Annual report of the Punjab Veterinary College and of the Civil Veterinary Department, Punjab - 1920-1925
Year: 1920
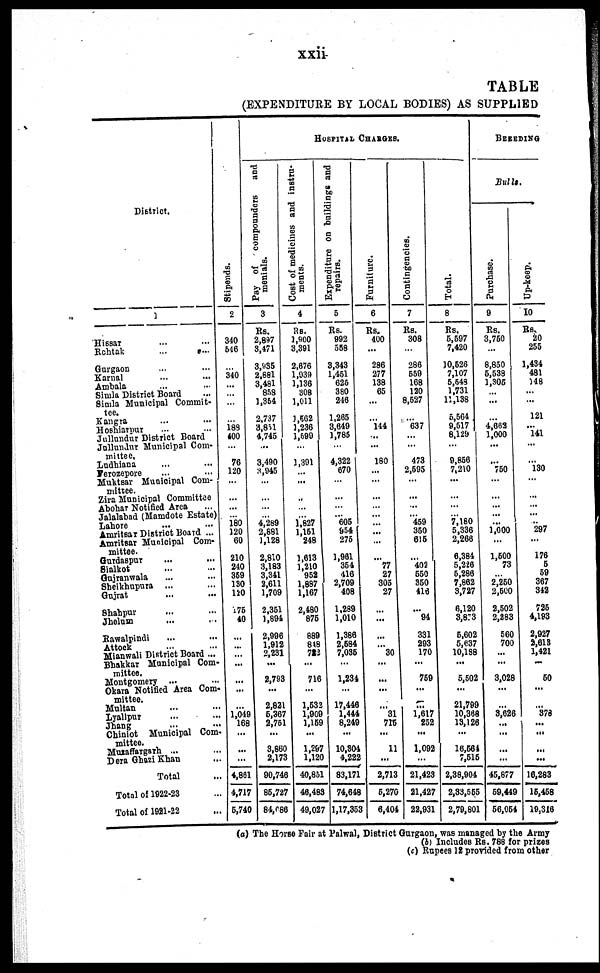
xxii
TABLE
(EXPENDITURE BY LOCAL BODIES) AS SUPPLIED
District.
1
Hissar ... ...
Rohtak ... ...
Gurgaon ... ...
Karnal
•••
•••
Ambala ... ...
Simla District Board ...
Simla Municipal Commit-
tee.
Kangra ... ...
Hoshiarpur ... ...
Jullundur District Board
Jollundnr Municipal Com-
mittee.
Ludhiana ... ... ...
Ferozepore
...
...
Muktsar Municipal Com-
mittee.
Zira Municipal Committee
Abohar Notified Area ...
Jalalabad (Mamdote Estate)
Lahore ... ...
Amritsar District Board ...
Amritsar Municipal Com-
mittee.
Gurdaspur
...
...
Sialkot ... ...
Gujrartwala ... ...
Sheikhupura ...
Gujrat ... ...
shahpur ... ...
Jhelum ... ...
Rawalpindi ... ...
Attock ... ...
Mianwali District Board ...
Bhakkar Municipal Com-
mittee.
Montgomery ...
...
Okara Notified Area Com-
mittee.
Multan ... ...
Lyallpur ... ...
Jhang
...
...
Chiniot Municipal Com-
mittee.
Muzaffargarh ...
Dera Ghazi Khan ...
Total
Total of 1822-23 ...
Total of 1981-22 ...
Stipends.
2
340
646
340
...
189
400
76
120
180
120
60
210
240
369
130
120
175
40
...
...
...
...
...
1,049
168
...
...
4,861
4,717
6,740
Pay of
compounders and
menials.
3
Rs.
2,897
3,471
3,935
2,661
3,481
858
1,364
2,737
8,851
4,745
...
3,490
3,945
...
...
4,289
2,881
1,128
2,810
3,183
3,341
2,611
1,709
2,361
1,894
2,996
1,912
2,231
...
2,793
...
2,821
6,367
2,761
...
3,860
2,173
90,746
86,727
84,686
HOSPITAL CHARGES.
Cost of medicines and instru-
ments.
4
Rs.
1,800
3,391
2,676
1,939
1,136
308
1,011
1,562
1,236
1,699
1,391
...
..
... 1
1,827
1,161
248
1,613
1,210
952
1.887
1,167
2,480
876
889
818
722
...
716
...
1,632
1,909
1,169
...
1,297
1,120
40,851
46,483
49,027
Expenditure on buildings and
repairs.
6
Rs.
992
368
3,343
1,461
626
380
246
1.265
3,649
1,786
4,322
670
606
954
276
1,961
364
416
2,709
408
1,289
1,010
1,386
2,684
7,085
...
1,234
...
17,446
1,444
8,249
...
10,304
4,229
83,171
74,648
1,17,36
Furniture.
6
Rs.
400
...
286
277
138
66
..
...
144
...
180
...
...
...
...
...
77
27
305
27
...
...
...
... 80
...
...
. . .
31
715
...
11
...
2,713
5,276
3 6,404
Contingencies.
7
Rs.
308
...
286
559
168
120
8,627
...
637
473
2,595
...
469
360
616
...
402
660
360
416
...
94
331
293
170
...
759
...
...
1,617
252
...
1,092
...
21,428
21,427
22,931
Total.
8
Rs.
5,597
7,420
10,626
7,107
6,643
1,731
11,138
5,564
9,617
8,129
9,856
7,210
...
7,180
5,336
2,266
6,384
5,226
5,286
7,862
3,727
8,120
8,873
6,602
5,637
10,188
...
5,502
...
21,799
10,368
13,126
...
16,564
7,516
2,38,904
2,85,555
2,79,801
BUREDING
Bulls.
Purchase.
9
Rs.
3,760
...
8,850
5,538
1,306
...
...
...
4,683
1,000
...
750
...
•••
1,000
...
1,500
73
2,260
2,500
2,502
2,283
560
700
...
...
3,028
...
...
3,626
...
...
...
...
45,877
69,449
56,064
Up-keep.
10
Rs.
20
255
1,434
481
148
...
...
121
... 141
...
130
...
297
...
176
5
59
367
348
726
4,193
2,927
2,615
1,421
...
60
...
...
378
...
...
...
...
16,283
16,468
19,316
(a) The Horse Fair at Palwal, District Gurgaon, was managed by the Army
(b) Includes Rs. 788 for prizes
(c) Rupees is provided from other